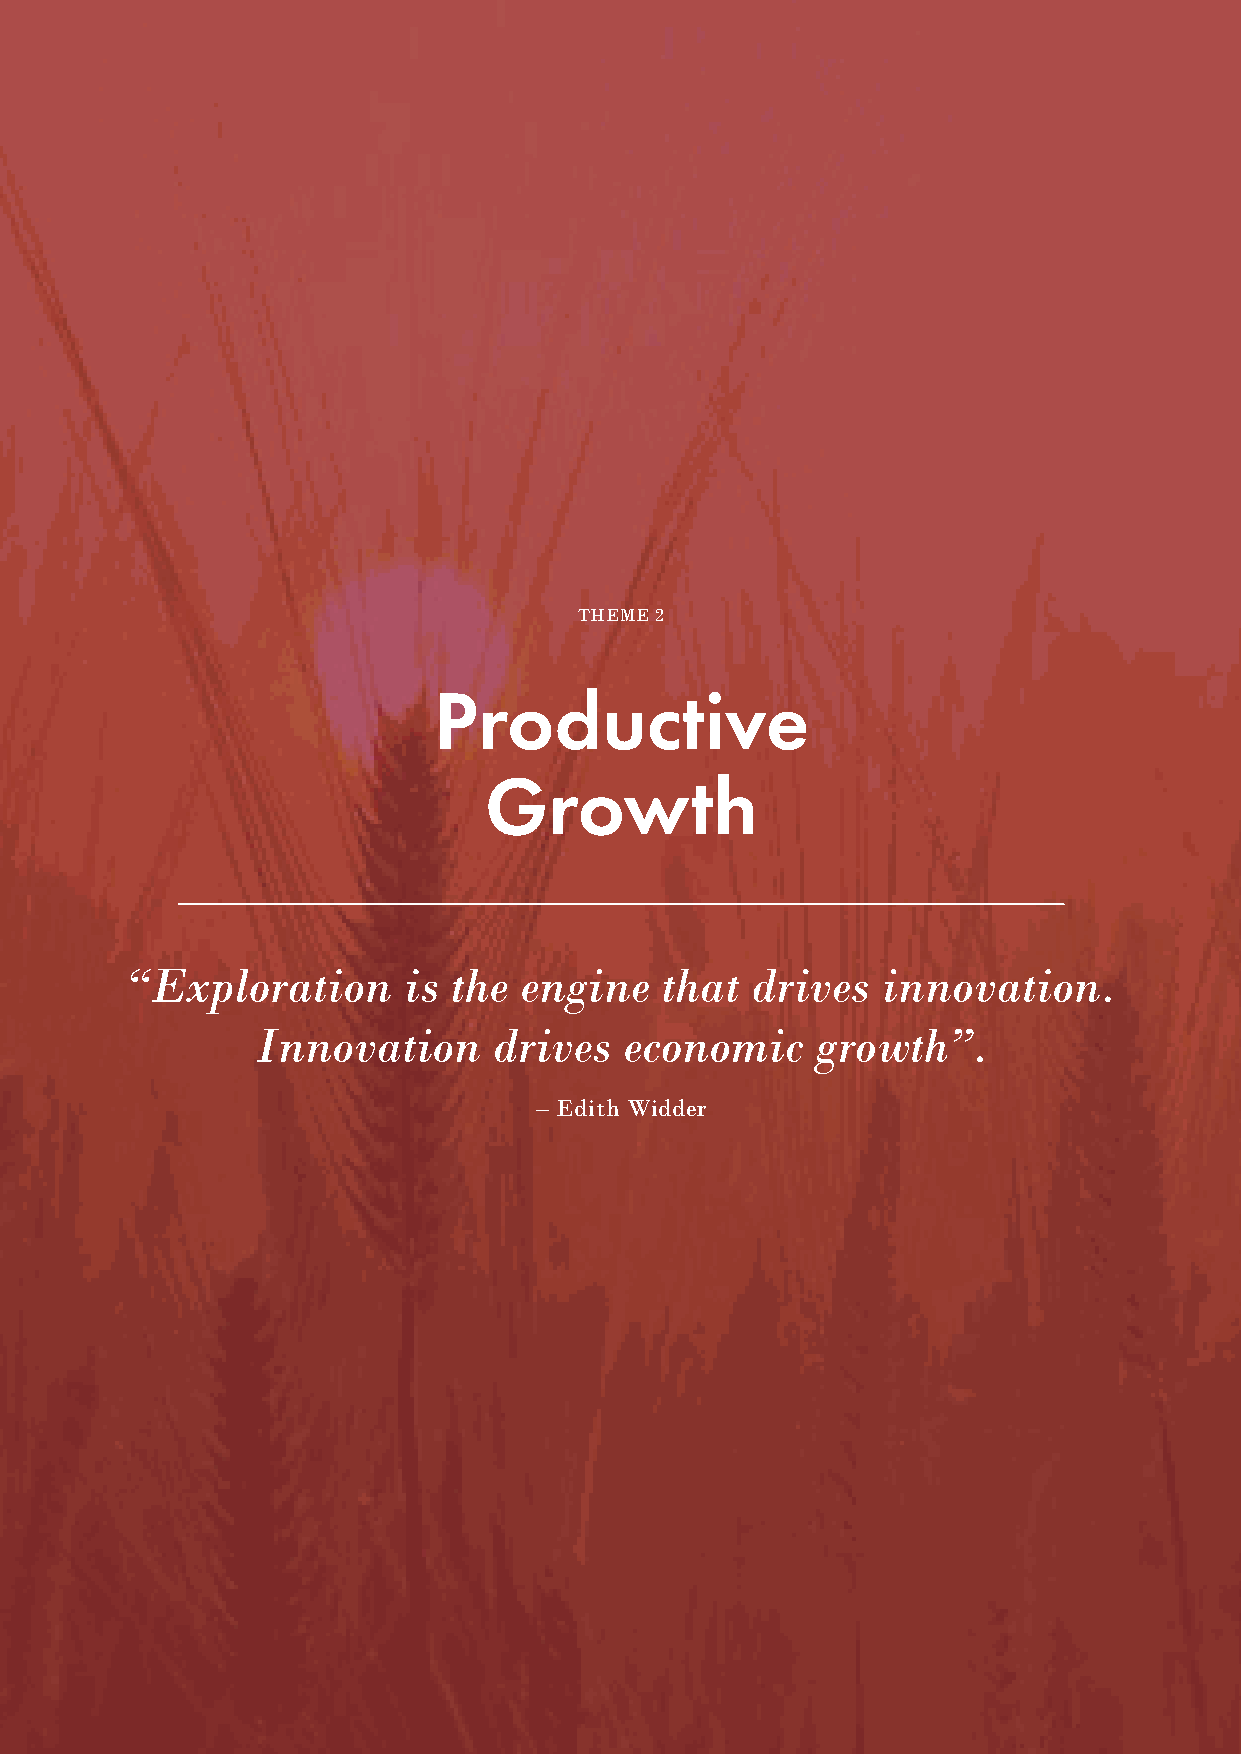
THEME 2
 Productive
 Growth
 “Exploration       is the engine    that  drives  innovation.
 Innovation      drives  economic     growth”.
 – Edith Widder